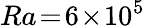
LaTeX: Ra\! =\! 6\! \times\! 10^{5}